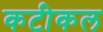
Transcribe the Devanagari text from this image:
कटीकल